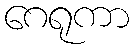
ဂေရုကာ